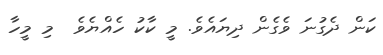
ކަން ދެގުނަ ވެގެން ދިޔައެވެ. މީ ކާކު ހެއްޔެވެ  މި މީހާ